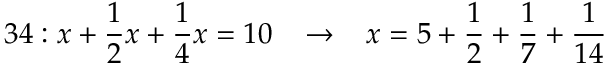
3 4 : x + { \frac { 1 } { 2 } } x + { \frac { 1 } { 4 } } x = 1 0 \; \; \; \rightarrow \; \; \; x = 5 + { \frac { 1 } { 2 } } + { \frac { 1 } { 7 } } + { \frac { 1 } { 1 4 } }